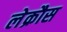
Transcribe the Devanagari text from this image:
लेक्रौस